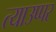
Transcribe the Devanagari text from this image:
त्याउप्पर